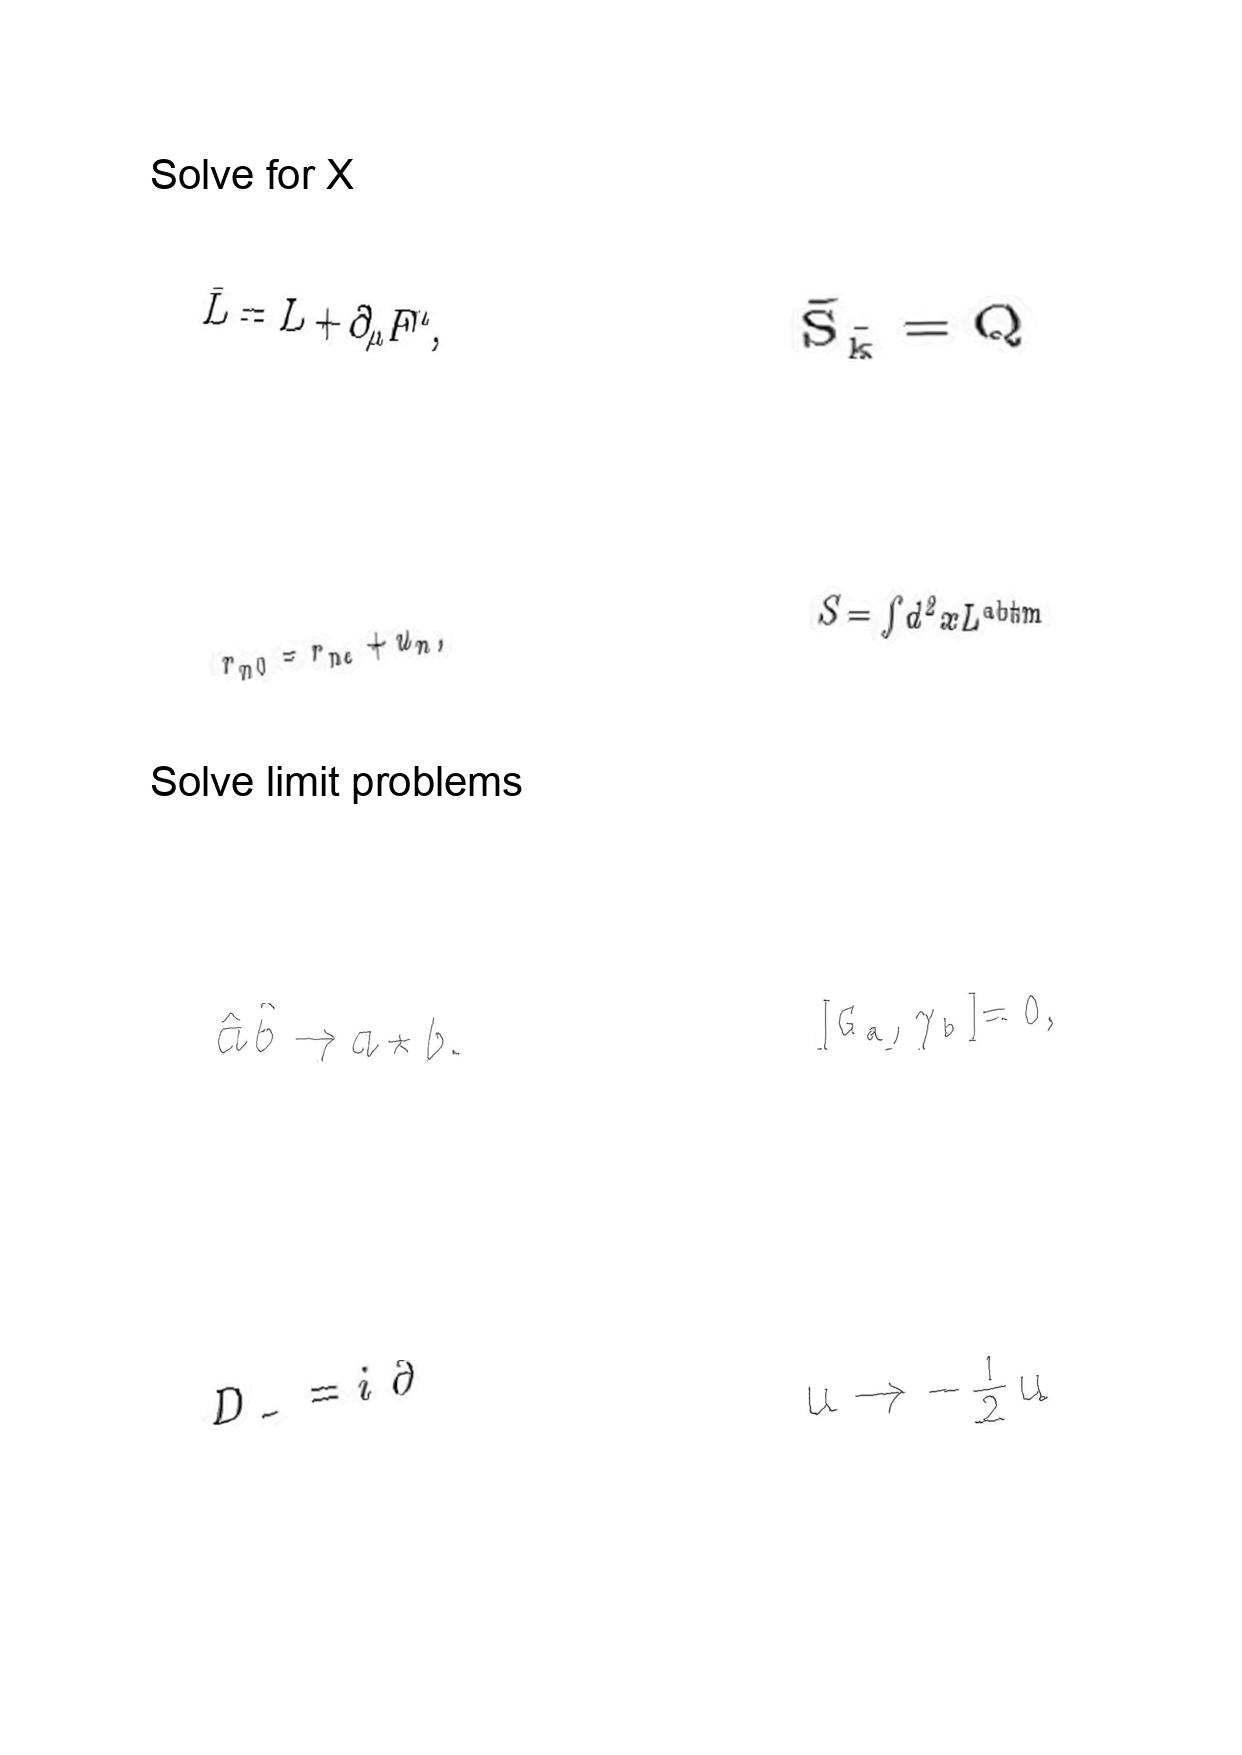
LaTeX transcription:
\bar { L } = L + \partial _ { \mu } F ^ { \mu } ,
r _ { n 0 } = r _ { n e } + u _ { n } ,
\hat { a } \hat { b } \rightarrow a \star b .
D _ { - } = i \bar { \partial }
\tilde { S } _ { \tilde { k } } = Q
S = \int d ^ { 2 } x L ^ { \mathrm { a b t m } }
\lbrack G _ { a } , \gamma _ { b } \rbrack = 0 ,
u \rightarrow - \frac { 1 } { 2 } u